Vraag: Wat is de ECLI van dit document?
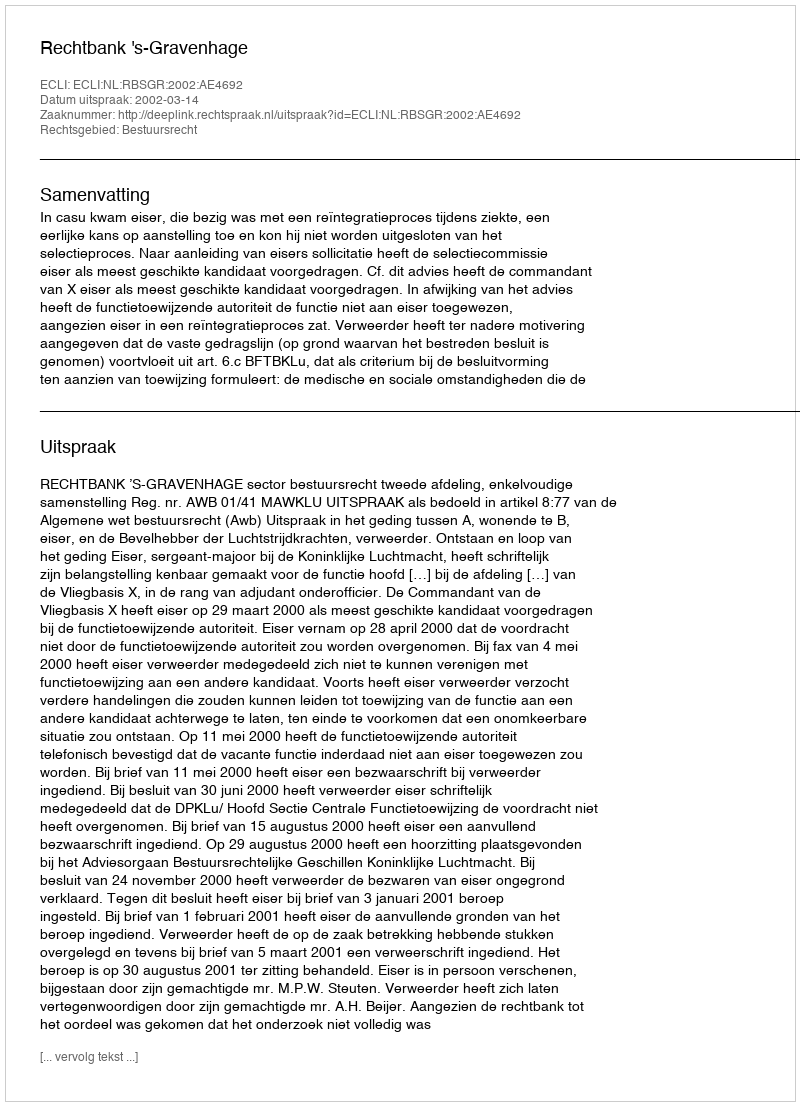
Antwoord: ECLI:NL:RBSGR:2002:AE4692